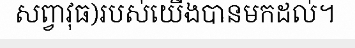
សព្វាវុធ)របស់យើងបានមកដល់។